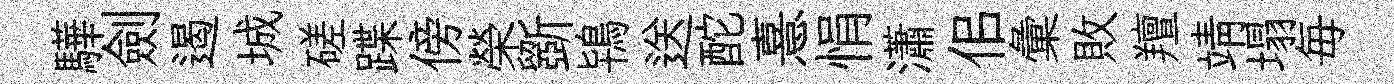
驊劍遏城磋蹀傍榮斵鴇送酡憙悁瀟佀彙敗羶靖塌毎